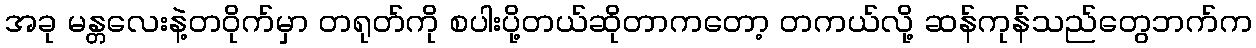
အခု မန္တလေးနဲ့တဝိုက်မှာ တရုတ်ကို စပါးပို့တယ်ဆိုတာကတော့ တကယ်လို့ ဆန်ကုန်သည်တွေဘက်က